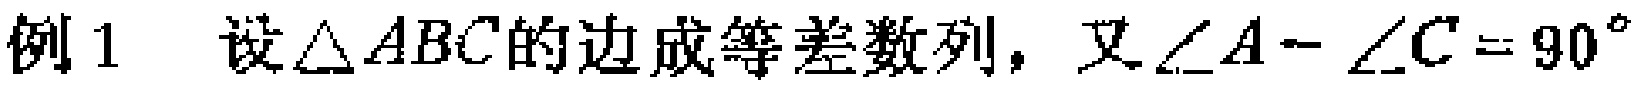
例1 设$\triangle ABC$的边成等差数列，又$\angle A - \angle C = 90^{\circ}$